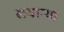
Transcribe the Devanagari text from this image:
सवाऱ्या